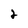
Character: 2